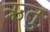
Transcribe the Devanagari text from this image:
ऋतुः